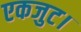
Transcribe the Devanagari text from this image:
एकजुट।